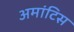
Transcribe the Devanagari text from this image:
अमांटिस